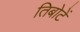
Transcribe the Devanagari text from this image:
तिबोटें